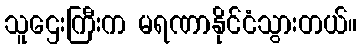
သူဌေးကြီးက မရဏာနိုင်ငံသွားတယ်။